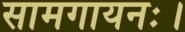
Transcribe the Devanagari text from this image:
सामगायनः।